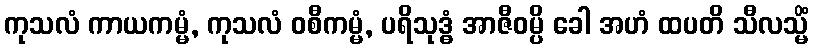
ကုသလံ ကာယကမ္မံ, ကုသလံ ဝစီကမ္မံ, ပရိသုဒ္ဓံ အာဇီဝမ္ပိ ခေါ အဟံ ထပတိ သီလသ္မိံ